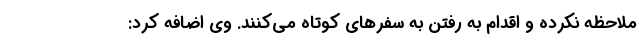
ملاحظه نکرده و اقدام به رفتن به سفرهای کوتاه می‌کنند. وی اضافه کرد: